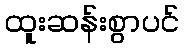
ထူးဆန်းစွာပင်